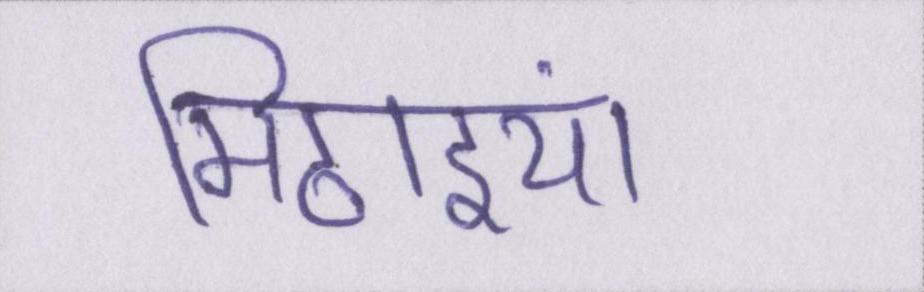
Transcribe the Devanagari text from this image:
मिठाइयां